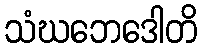
သံဃဘေဒေါတိ